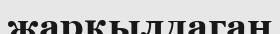
жарқылдаган